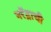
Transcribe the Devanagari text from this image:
नरेंद्राची